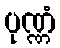
ပုဏ္ဏံ